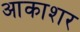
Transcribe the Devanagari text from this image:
आकाशर